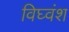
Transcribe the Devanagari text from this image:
विघ्वंश